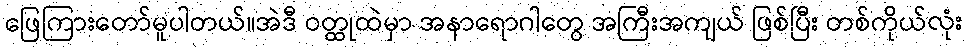
ဖြေကြားတော်မူပါတယ်။အဲဒီ ဝတ္ထုထဲမှာ အနာရောဂါတွေ အကြီးအကျယ် ဖြစ်ပြီး တစ်ကိုယ်လုံး